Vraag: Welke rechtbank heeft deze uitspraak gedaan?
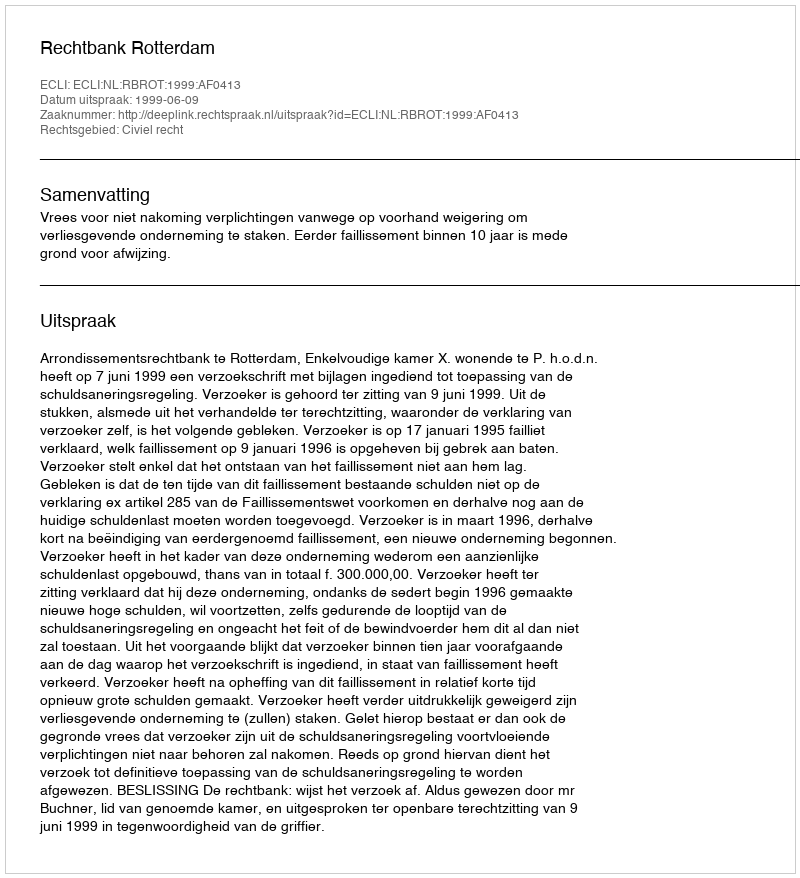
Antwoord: Rechtbank Rotterdam